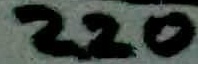
Text: 220